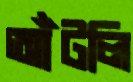
আঁটলি